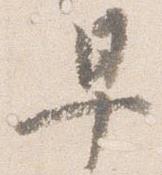
早